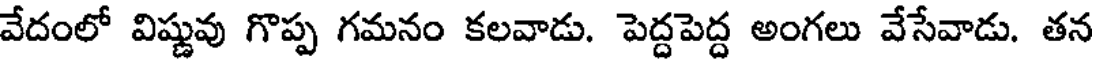
వేదంలో విష్ణువు గొప్ప గమనం కలవాడు. పెద్దపెద్ద అంగలు వేసేవాడు. తన